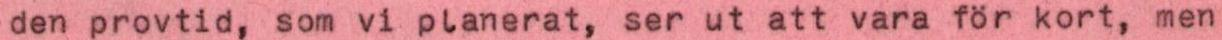
den provtid, som vi planerat, ser ut att vara för kort, men